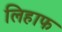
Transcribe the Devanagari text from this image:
लिहाफ